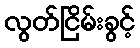
လွတ်ငြိမ်းခွင့်